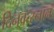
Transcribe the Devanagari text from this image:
दिनवत्स्नानं